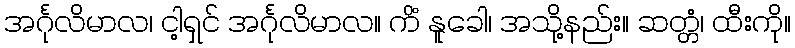
အင်္ဂုလိမာလ၊ ငါ့ရှင် အင်္ဂုလိမာလ။ ကိံ နူခေါ၊ အသို့နည်း။ ဆတ္တံ၊ ထီးကို။